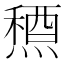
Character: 𥡤